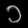
Digit: ၁